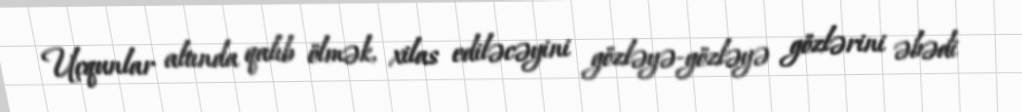
Uçqunlar altında qalıb ölmək, xilas ediləcəyini gözləyə-gözləyə gözlərini əbədi